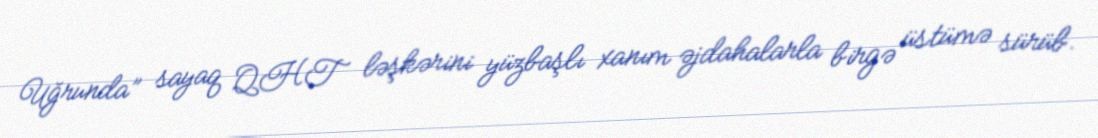
Uğrunda” sayaq QHT ləşkərini yüzbaşlı xanım əjdahalarla birgə üstümə sürüb.